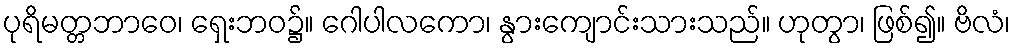
ပုရိမတ္တဘာဝေ၊ ရှေးဘဝ၌။ ဂေါပါလကော၊ နွားကျောင်းသားသည်။ ဟုတွာ၊ ဖြစ်၍။ ဗိလံ၊